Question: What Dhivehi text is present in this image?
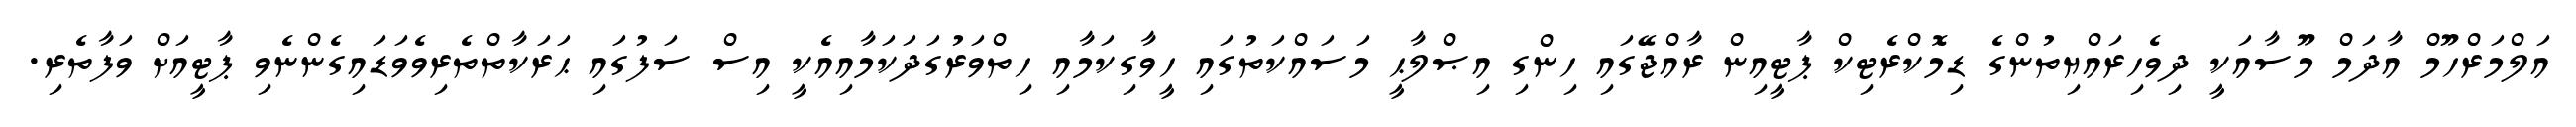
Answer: އަލްމަރްހޫމް އާދަމް މޫސާއަކީ ދިވެހިރައްޔިތުންގެ ޑިމޮކްރެޓިކް ޕާޓީއިން ރާއްޖޭގައި ހިންގި އިޞްލާޙީ މަސައްކަތުގައި ހީވާގިކަމާއި ހިތްވަރުގަދަކަމާއިއެކީ އިސް ސަފުގައި ޙަރަކާތްތެރިވެވަޑައިގެންނެވި ޕާޓީއަށް ވަފާތެރި.